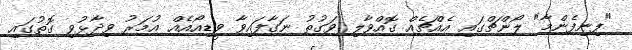
"ފިނިފެންމާ" ލޯންޗްގައި އެއްޗެއް ގޮއްވާލި ވަގުތު ނަގާފައިވާ ވީޑިއޯއެއް އުމަރު ވިދާޅުވި ގޮތުގައި